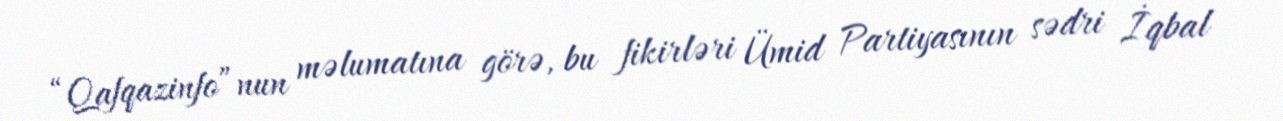
“Qafqazinfo”nun məlumatına görə, bu fikirləri Ümid Partiyasının sədri İqbal